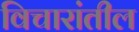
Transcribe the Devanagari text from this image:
विचारांतील